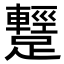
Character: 𨆪